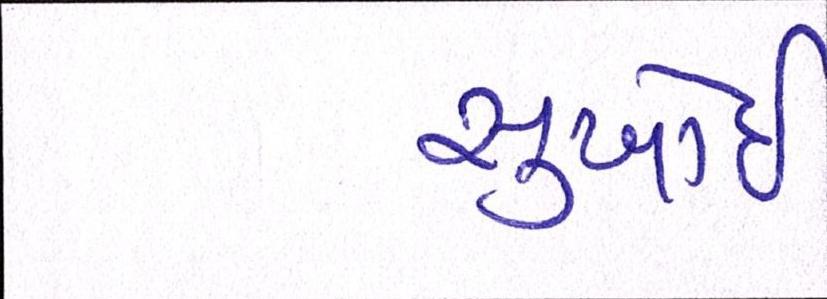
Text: સુખોઈ